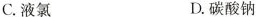
C.液氯 D.碳酸钠